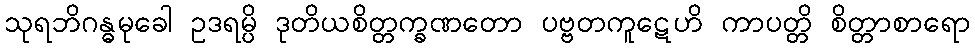
သုရဘိဂန္ဓမုခေါ ဥဒရမ္ပိ ဒုတိယစိတ္တက္ခဏတော ပဗ္ဗတကူဋေဟိ ကာပတ္တိ စိတ္တာစာရော